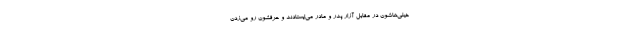
خیلی‌هاشون در مقابل آزار پدر و مادر می‌ایستادند و حرفشون رو می‌زدن